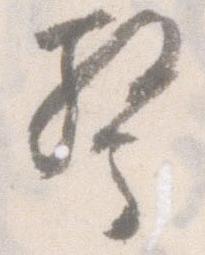
驚